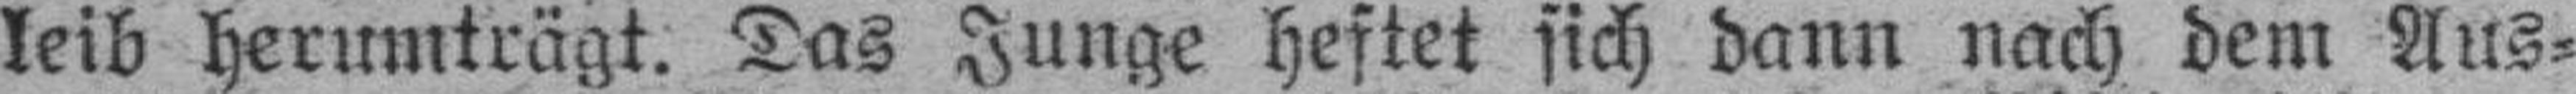
leib herumträgt. Das Junge heftet sich dann nach dem Aus¬